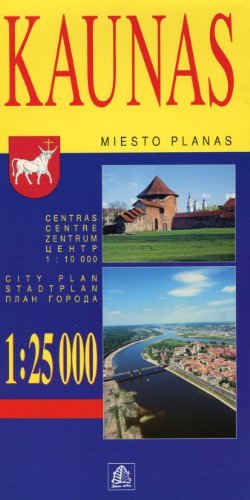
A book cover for Kaunas & Garliava (Lithuania) 1:25,000 Street Map; Jana Seta; Travel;